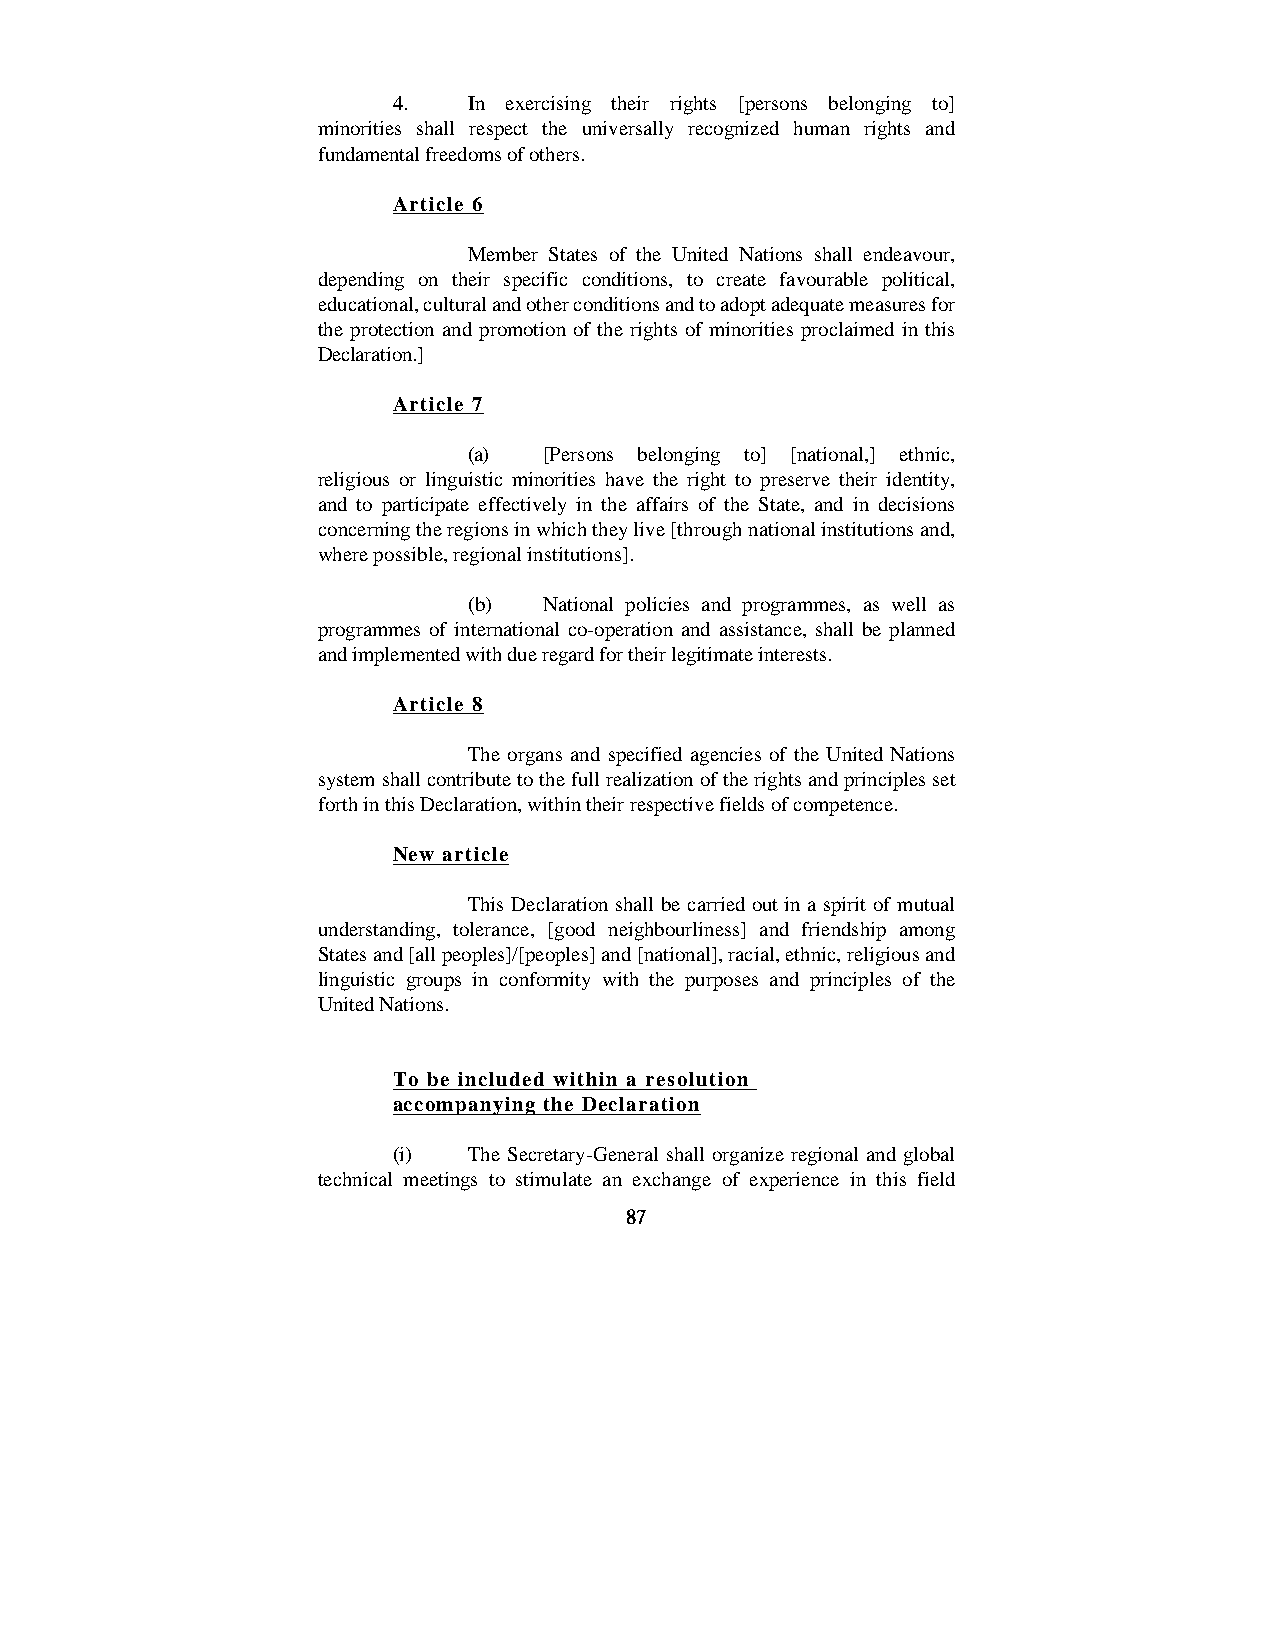
4.   In exercising their rights [persons belonging to]
 minorities shall respect the universally recognized human rights and
 fundamental freedoms of others.
 Article 6
 Member States of the United Nations shall endeavour,
 depending on their specific conditions, to create favourable political,
 educational, cultural and other conditions and to adopt adequate measures for
 the protection and promotion of the rights of minorities proclaimed in this
 Declaration.]
 Article 7
 (a)  [Persons belonging to] [national,] ethnic,
 religious or linguistic minorities have the right to preserve their identity,
 and to participate effectively in the affairs of the State, and in decisions
 concerning the regions in which they live [through national institutions and,
 where possible, regional institutions].
 (b)  National policies and programmes, as well as
 programmes of international co-operation and assistance, shall be planned
 and implemented with due regard for their legitimate interests.
 Article 8
 The organs and specified agencies of the United Nations
 system shall contribute to the full realization of the rights and principles set
 forth in this Declaration, within their respective fields of competence.
 New article
 This Declaration shall be carried out in a spirit of mutual
 understanding, tolerance, [good neighbourliness] and friendship among
 States and [all peoples]/[peoples] and [national], racial, ethnic, religious and
 linguistic groups in conformity with the purposes and principles of the
 United Nations.
 To be included within a resolution
 accompanying the Declaration
 (i)  The Secretary-General shall organize regional and global
 technical meetings to stimulate an exchange of experience in this field
 87